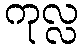
ကုလ္လ